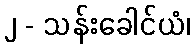
၂ - သန်းခေါင်ယံ၊